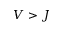
V > J